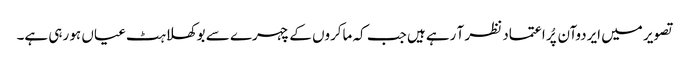
تصویر میں ایردوآن پُر اعتماد نظر آ رہے ہیں جب کہ ماکروں کے چہرے سے بوکھلاہٹ عیاں ہو رہی ہے۔